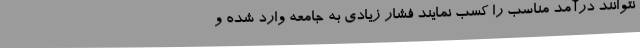
نتوانند درآمد مناسب را کسب نمایند فشار زیادی به جامعه وارد شده و